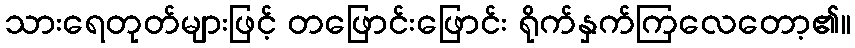
သားရေတုတ်များဖြင့် တဖြောင်းဖြောင်း ရိုက်နှက်ကြလေတော့၏။